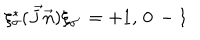
\xi _ { \sigma } ^ { * } ( \vec { J } \vec { n } ) \xi _ { \sigma ^ { \prime } } = + 1 , \, 0 \, - 1